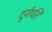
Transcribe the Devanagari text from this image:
दुर्गपति